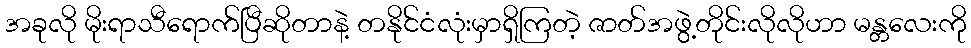
အခုလို မိုးရာသီရောက်ပြီဆိုတာနဲ့ တနိုင်ငံလုံးမှာရှိကြတဲ့ ဇာတ်အဖွဲ့တိုင်းလိုလိုဟာ မန္တလေးကို